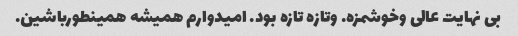
بی نهایت عالی وخوشمزه. وتازه تازه بود. امیدوارم همیشه همینطورباشین.